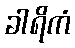
ခါရိကံ